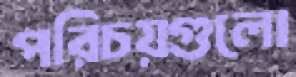
পরিচয়গুলো